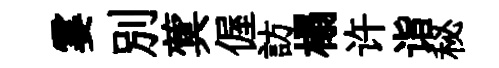
霎別蓂偓訪榻许诣秘